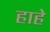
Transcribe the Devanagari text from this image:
हाहे